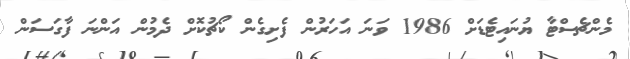
މެންޗެސްޓާ ޔުނައިޓެޑަށް 1986 ވަނަ އަހަރުން ފެށިގެން ކޯޗުކޮށް ދެމުން އަންނަ ފާގަސަން